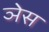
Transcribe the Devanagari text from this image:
ञेस